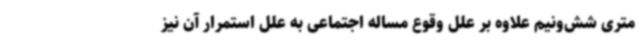
متری ‌شش‌ونیم علاوه بر علل وقوع مساله اجتماعی به علل استمرار آن نیز